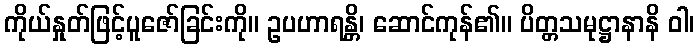
ကိုယ်နှုတ်ဖြင့်ပူဇော်ခြင်းကို။ ဥပဟာရန္တိ၊ ဆောင်ကုန်၏။ ပိတ္တသမုဋ္ဌာနာနိ ဝါ၊